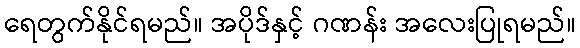
ရေတွက်နိုင်ရမည်။ အပိုဒ်နှင့် ဂဏန်း အလေးပြုရမည်။